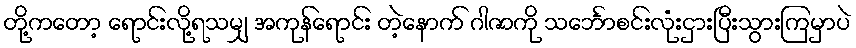
တို့ကတော့ ရောင်းလို့ရသမျှ အကုန်ရောင်း တဲ့နောက် ဂါဇာကို သင်္ဘောစင်းလုံးငှားပြီးသွားကြမှာပဲ